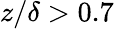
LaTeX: z/\delta>0.7